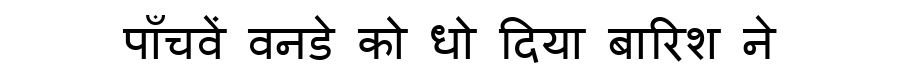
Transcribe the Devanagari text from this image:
पाँचवें वनडे को धो दिया बारिश ने